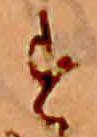
す